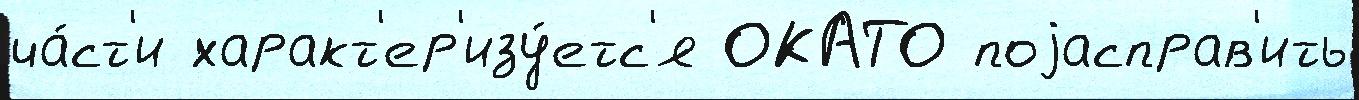
ча́ст'и характ'ер'изу́етс'я ОКАТО поjасправ'ить